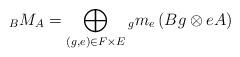
LaTeX: \begin{align*}{}_BM_A= \bigoplus_{(g,e)\in F\times E} {}_g m_e \left(Bg\otimes eA\right)\end{align*}